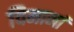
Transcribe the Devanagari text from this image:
विमानां